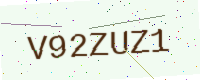
Text: V92ZUZ1